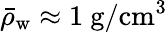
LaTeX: \bar{\rho}_{\mathrm{w}}\approx 1\ \mathrm{g}/\mathrm{cm}^{3}